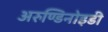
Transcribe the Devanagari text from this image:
अरुण्डिनोइडी